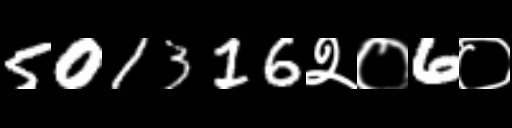
Text: 501316२०6०